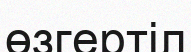
өзгертіл